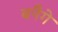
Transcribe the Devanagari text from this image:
बनैगे